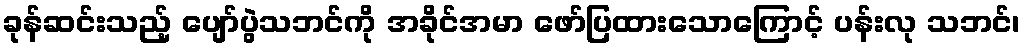
ခုန်ဆင်းသည့် ပျော်ပွဲသဘင်ကို အခိုင်အမာ ဖော်ပြထားသောကြောင့် ပန်းလု သဘင်၊